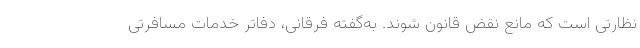
نظارتی است که مانع نقض قانون شوند. به‌گفته فرقانی، دفاتر خدمات مسافرتی